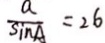
\frac { a } { \sin A } = 2 6